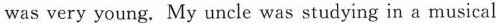
was very young. My uncle was studying in a musical